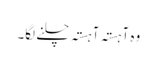
وہ آہستہ آہستہ چلنے لگا۔